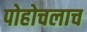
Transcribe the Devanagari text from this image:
पोहोचलाच